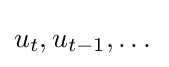
u_{t},u_{t-1},\dots